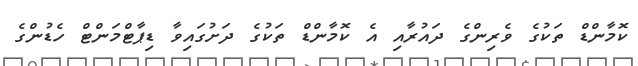
ކޮމާންޑް ތަކުގެ ވެރިންގެ ދައުރާއި އެ ކޮމާންޑް ތަކުގެ ދަށުގައިވާ ޑިޕާޓްމަންޓް ހެޑުންގެ